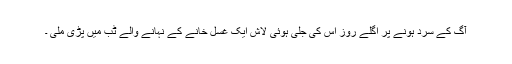
آگ کے سرد ہونے پر اگلے روز اس کی جلی ہوئی لاش ایک غسل خانے کے نہانے والے ٹب میں پڑی ملی ۔